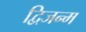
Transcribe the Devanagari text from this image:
द्विजन्‍म